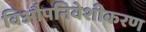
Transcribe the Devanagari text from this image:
विऔपनिवेशीकरण